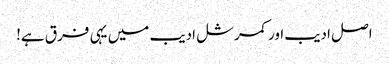
اصل ادیب اور کمرشل ادیب میں یہی فرق ہے!